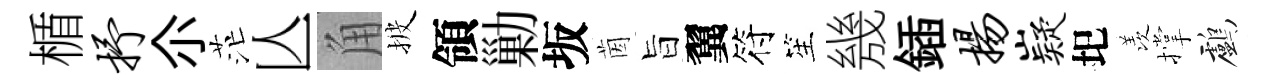
楯抒尒茫亾角披領勦坂茵旨翼符笙㡬鍤扬嶷圯羡撑鸕